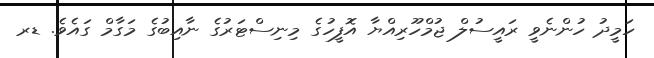
ހަމީދު ހުންނެވީ ރައީސުލް ޖުމްހޫރިއްޔާ އޮފީހުގެ މިނިސްޓަރުގެ ނާއިބުގެ މަގާމް ގައެވެ. ޑރ